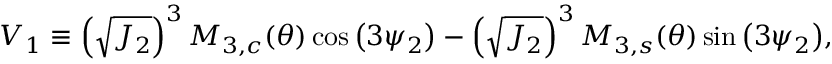
V _ { 1 } \equiv \left( \sqrt { J _ { 2 } } \right) ^ { 3 } M _ { 3 , c } ( \theta ) \cos { \left( 3 \psi _ { 2 } \right) } - \left( \sqrt { J _ { 2 } } \right) ^ { 3 } M _ { 3 , s } ( \theta ) \sin { \left( 3 \psi _ { 2 } \right) } ,